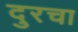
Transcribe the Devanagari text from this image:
दुरचा